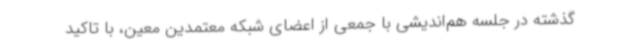
گذشته در جلسه هم‌اندیشی با جمعی از اعضای شبکه معتمدین معین، با تاکید